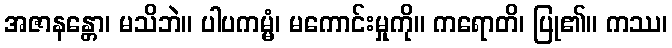
အဇာနန္တော၊ မသိဘဲ။ ပါပကမ္မံ၊ မကောင်းမှုကို။ ကရောတိ၊ ပြု၏။ ကဿ၊